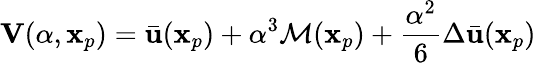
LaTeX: \mathbf{V}(\alpha,\mathbf{x}_{p})=\bar{\mathbf{u}}(\mathbf{x}_{p})+\alpha^{3}\mathcal{M}(\mathbf{x}_{p})+\frac{\alpha^{2}}{6}\Delta\bar{\mathbf{u}}(\mathbf{x}_{p})